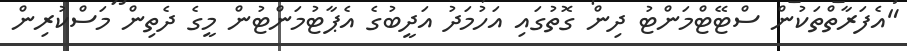
"އެފަރާތްތަކުން ސްޓޭޓްމަންޓު ދިން ގޮތުގައި އަހުމަދު އަދީބުގެ އެޕާޓުމަންޓުން މީގެ ދެތިން މަސްކުރިން